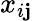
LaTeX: x_{i\mathbf{j}}